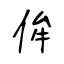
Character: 侔